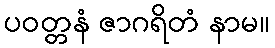
ပဝတ္တနံ ဇာဂရိတံ နာမ။